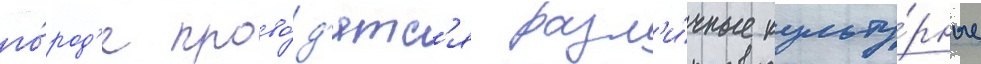
го́род'е прово́д'ятс'я разл'и́чные культу́рные